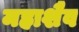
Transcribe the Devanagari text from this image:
महाशैव